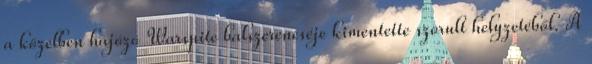
a közelben hajózó Warspite balszerencséje kimentette szorult helyzetéből. A